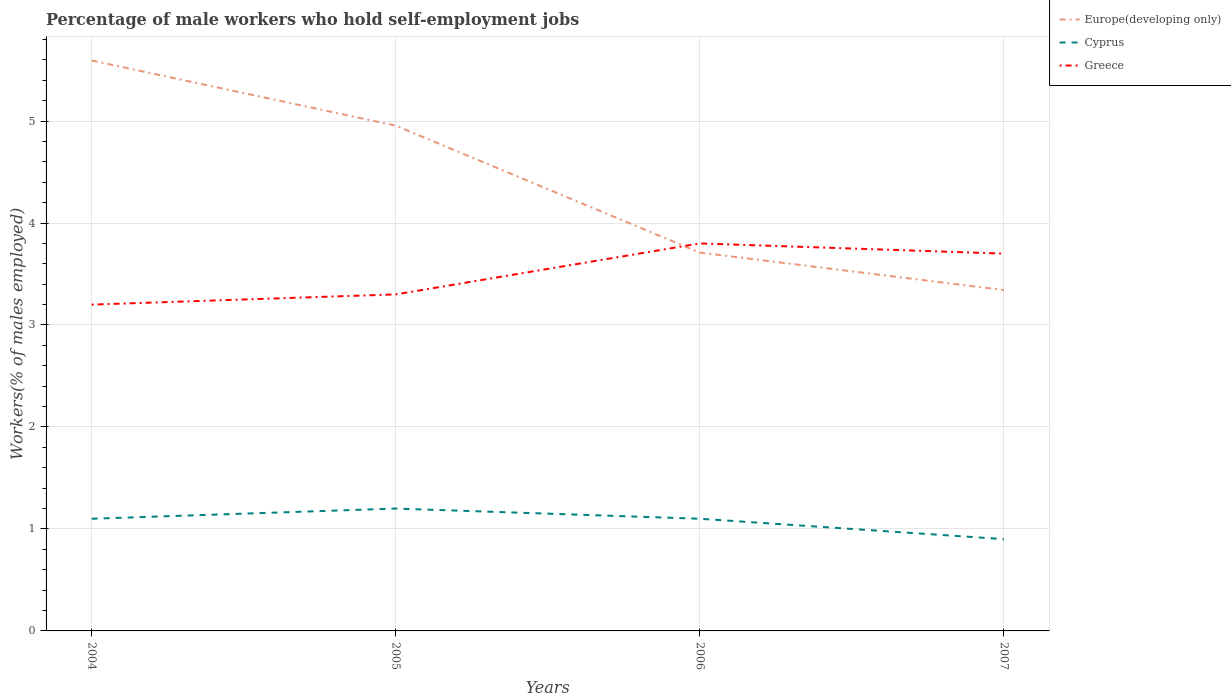
| Years | Europe(developing only) | Cyprus | Greece |
 | --- | --- | --- | --- |
 | 2004 | 5.59 | 1.1 | 3.2 |
 | 2005 | 4.95 | 1.2 | 3.3 |
 | 2006 | 3.71 | 1.1 | 3.8 |
 | 2007 | 3.34 | 0.9 | 3.7 |